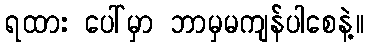
ရထား ပေါ်မှာ ဘာမှမကျန်ပါစေနဲ့။